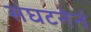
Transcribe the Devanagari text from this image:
संघटनेनं